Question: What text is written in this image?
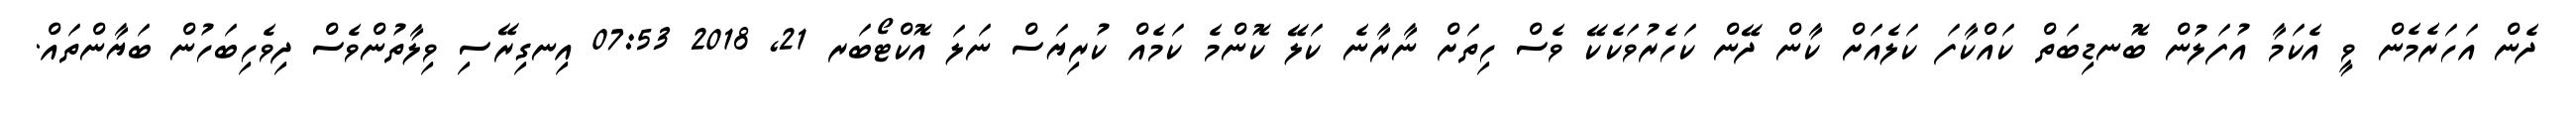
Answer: ދެން އަހަރެމެން ވީ އެކަމާ އުފަލުން ބޮނޑިބަތް ކައްކާފަ ކަލެއަށް ކާން ދޭން ކަހެރުވަކެކޭ ވެސް ހިތަށް ނާރާނެ ކަލޭ ކޮންމެ ކަމެއް ކުރިޔަސް ނަލަ އޮކްޓޯބަރ 21, 2018 07:53 އިނގިރޭސި ވިލާތުންވެސް ދިވެހިބަހުން ބަޔާންތައް.